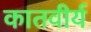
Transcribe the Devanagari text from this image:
कातवीर्य